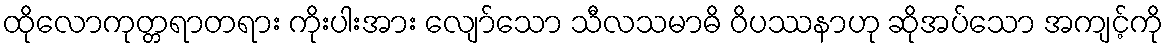
ထိုလောကုတ္တရာတရား ကိုးပါးအား လျော်သော သီလသမာဓိ ဝိပဿနာဟု ဆိုအပ်သော အကျင့်ကို